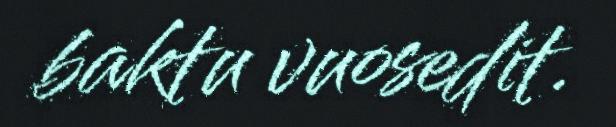
baktu vuosedit.